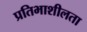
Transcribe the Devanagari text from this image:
प्रतिभाशीलता